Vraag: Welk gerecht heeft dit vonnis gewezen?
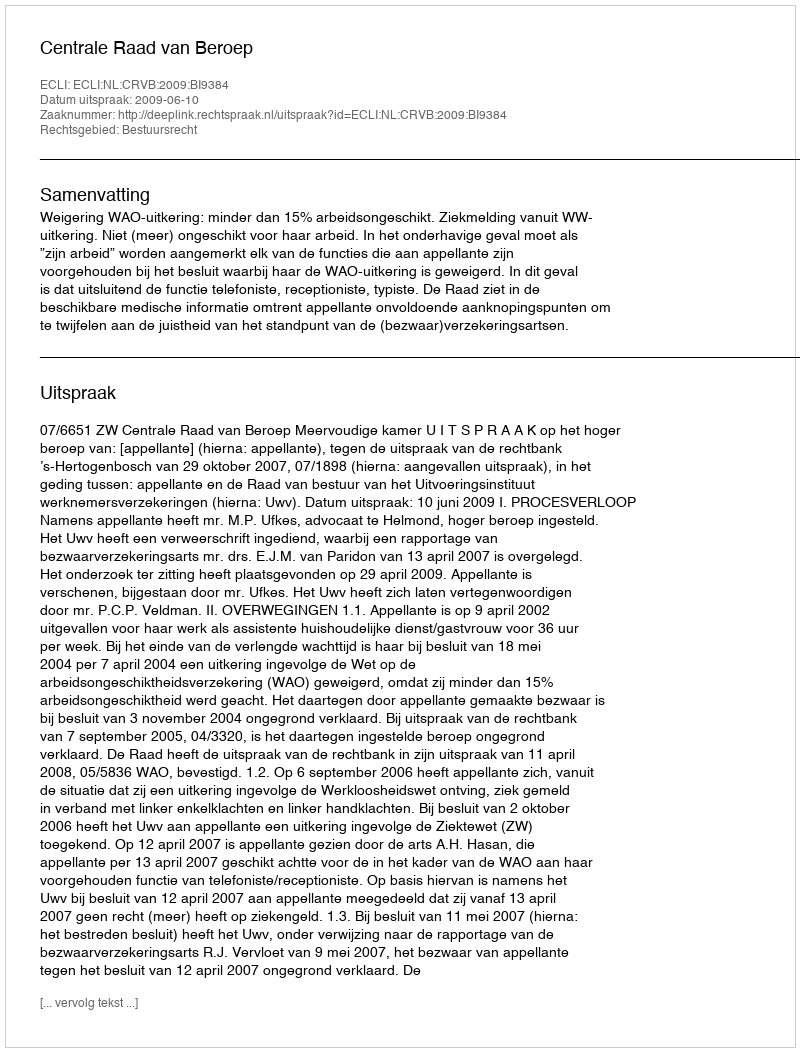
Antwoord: Centrale Raad van Beroep